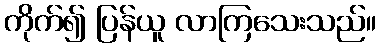
ကိုက်၍ ပြန်ယူ လာကြသေးသည်။